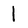
Character: 1